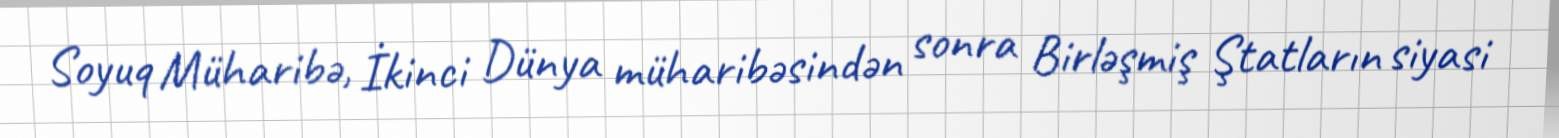
Soyuq Müharibə, İkinci Dünya müharibəsindən sonra Birləşmiş Ştatların siyasi